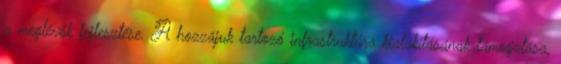
a meglévők fejlesztése. A hozzájuk tartozó infrastruktúra kialakításának támogatása,